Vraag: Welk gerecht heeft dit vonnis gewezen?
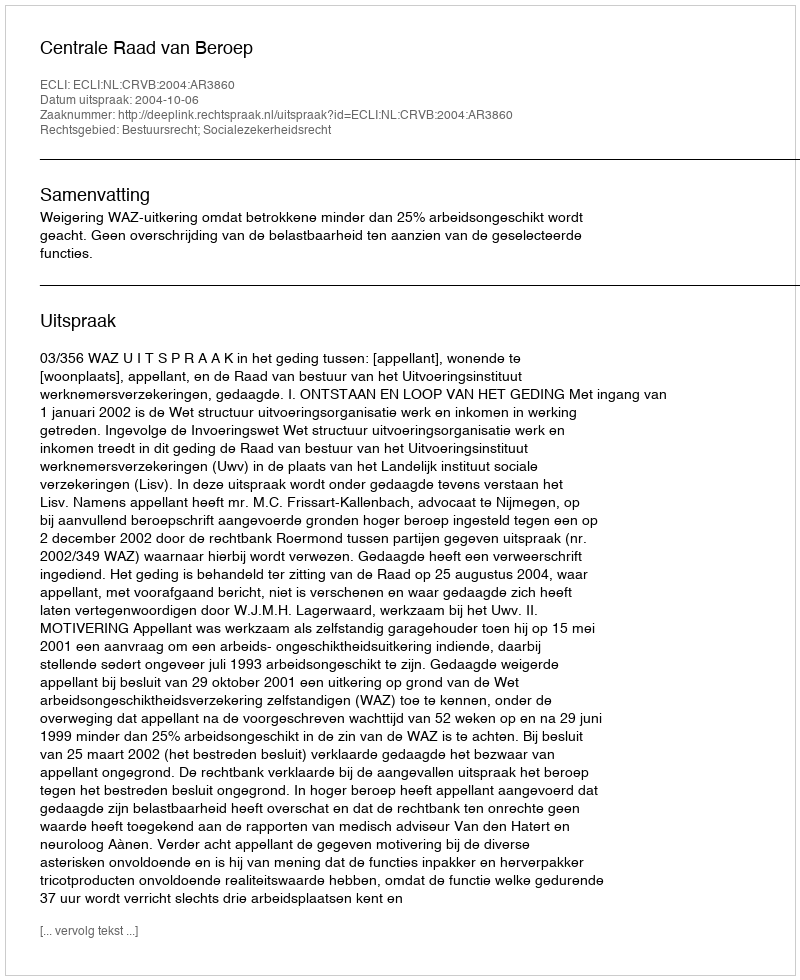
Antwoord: Centrale Raad van Beroep